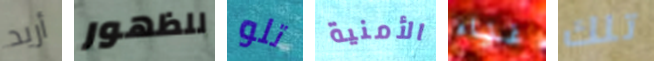
أريد للظهور تلو الأمنية غناء تلك